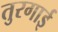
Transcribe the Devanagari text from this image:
तुरगाई